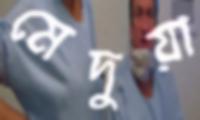
মেদুয়া